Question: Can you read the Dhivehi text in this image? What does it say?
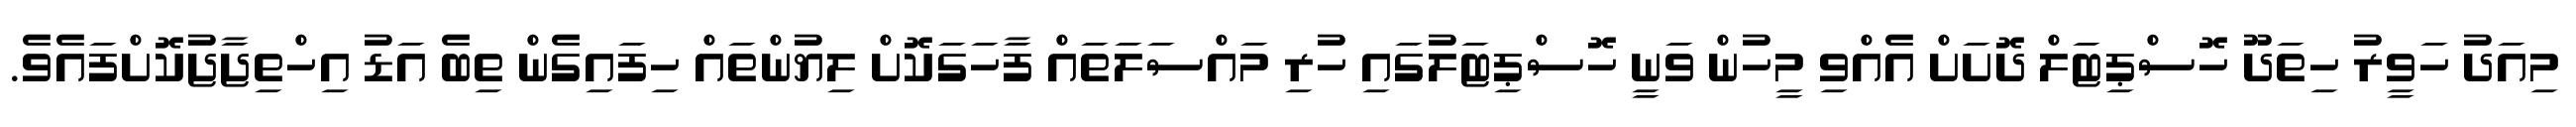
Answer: މިއަދު ހަވީރު ހިތަދޫ ހޮސްޕިޓަލް ދޮށަށް އެއްވި މީހުން ވަނީ ހޮސްޕިޓަލުގައި ހުރި މައްސަލަތައް ފާހަގަކޮށް ލިޔުންތައް ހިފައިގެން ތިބެ އަޑު އިހްތިޖާޖުކޮށްފައެވެ.